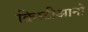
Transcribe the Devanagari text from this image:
क्रिस्टीआनो